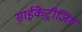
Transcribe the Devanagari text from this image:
साईंकेट्रीजिंग